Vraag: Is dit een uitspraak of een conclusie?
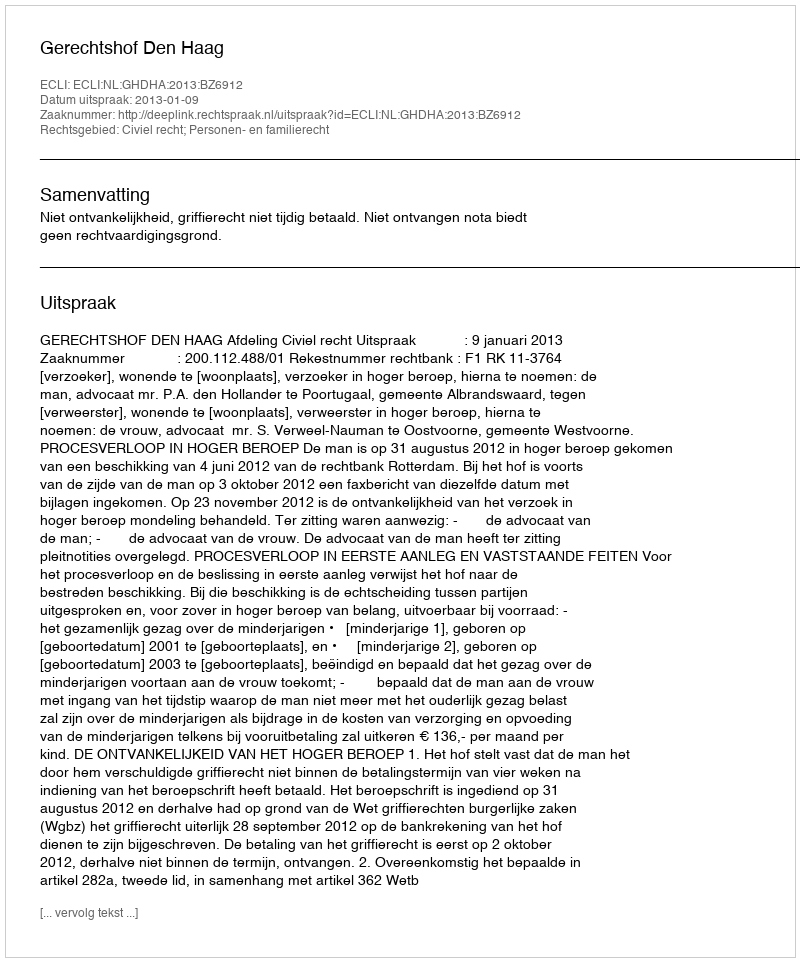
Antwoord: Uitspraak